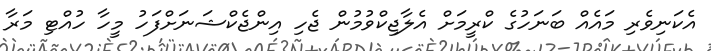
އެކަނިވެރި މައެއް ބަނަހުގެ ކްރީމަށް އެލާޖިކްވުމުން ޖެހި އިންޖެކްޝަނަށްފަހު މީހާ ހުއްޓި މަރާ